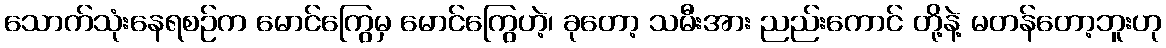
သောက်သုံးနေရစဉ်က မောင်ကြွေမှ မောင်ကြွေဟဲ့၊ ခုတော့ သမီးအား ညည်းကောင် တို့နဲ့ မတန်တော့ဘူးဟု